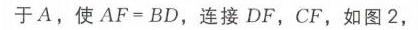
于 \(A\)，使 \(AF = BD\)，连接 \(DF\)，\(CF\)，如图2，